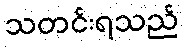
သတင်းရသည်